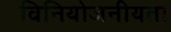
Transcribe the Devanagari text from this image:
विनियोजनीयता